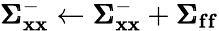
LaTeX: \pmb{\Sigma}_{\mathbf{x}\mathbf{x}}^{-}\leftarrow\pmb{\Sigma}_{\mathbf{x}\mathbf{x}}^{-}+\pmb{\Sigma}_{\mathbf{f}\mathbf{f}}